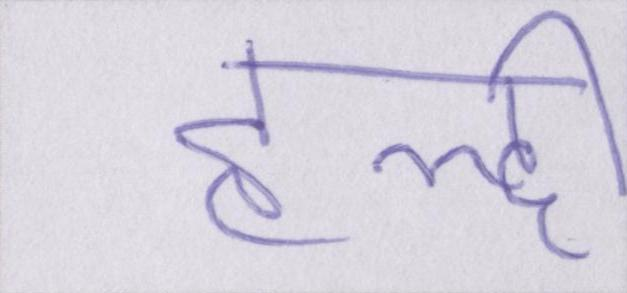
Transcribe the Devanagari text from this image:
हल्दी